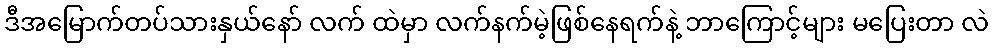
ဒီအမြောက်တပ်သားနှယ်နော် လက် ထဲမှာ လက်နက်မဲ့ဖြစ်နေရက်နဲ့ ဘာကြောင့်များ မပြေးတာ လဲ